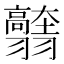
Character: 𦒭